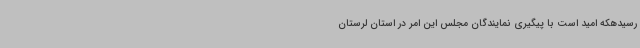
رسیدهکه امید است با پیگیری نمایندگان مجلس این امر در استان لرستان